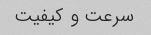
سرعت و کیفیت